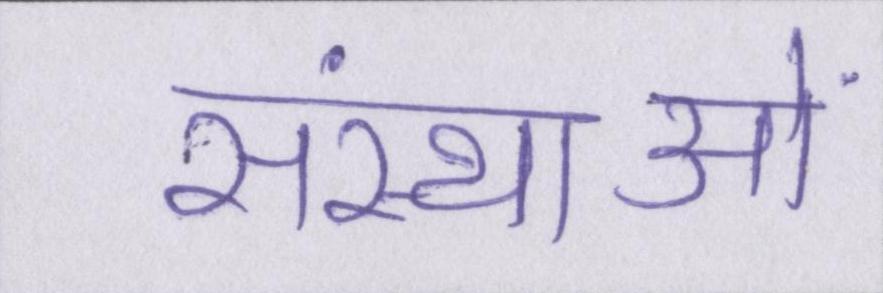
संस्थाओं